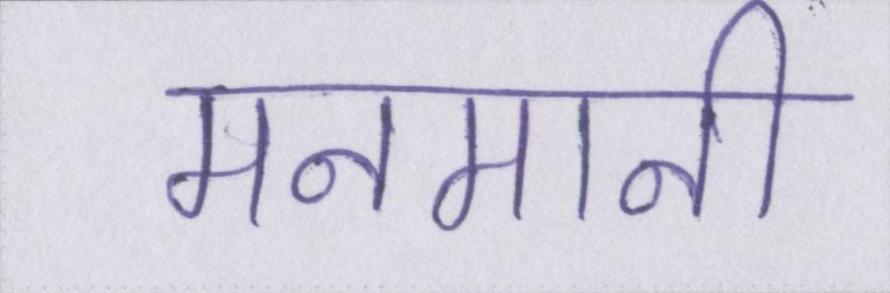
मनमानी